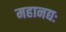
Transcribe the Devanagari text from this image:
महानद्यः